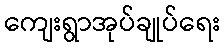
ကျေးရွာအုပ်ချုပ်ရေး